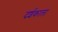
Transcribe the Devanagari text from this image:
दर्शकाला